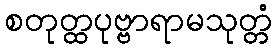
စတုတ္ထပုဗ္ဗာရာမသုတ္တံ